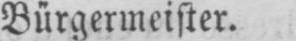
Bürgermeister.